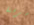
سرقنا